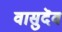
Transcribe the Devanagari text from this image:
वासुदॆव